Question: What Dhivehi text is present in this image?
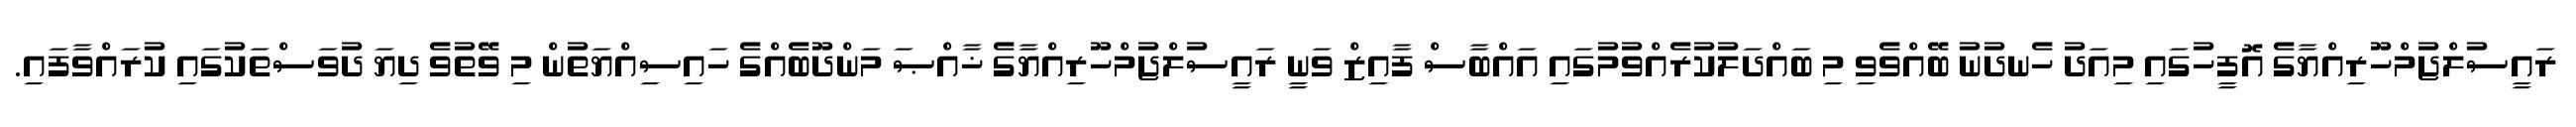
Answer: ރައީސުލްޖުމްހޫރިއްޔާގެ އޮފީހުގައި މިއަދު ހެނދުނު ބޭއްވެވި މި ބައްދަލުކުރެއްވުމުގައި އައްބާސް ފާއިޒް ވަނީ ރައީސުލްޖުމްހޫރިއްޔާގެ ޚާއްޞަ މަންދޫބެއްގެ ހައިސިއްޔަތުން މި ވޭތުވެ ދިޔަ ދުވަސްތަކުގައި ކުރައްވާފައި.